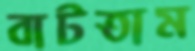
বাটতাম